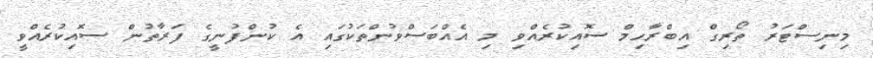
މިނިސްޓަރު ތޯރިގް އިބްރާހިމް ސޮއިކުރެއްވި މި އެއްބަސްވުންތަކުގައި އެ ކުންފުނީގެ ފަރާތުން ސޮއިކުރެއްވީ